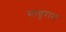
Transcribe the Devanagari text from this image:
साधूराम